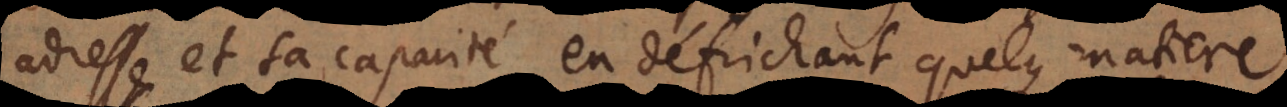
adresse et sa capacité en défrichant quelque matiere